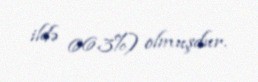
ildə 66.3%) olmuşdur.